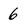
Character: 6